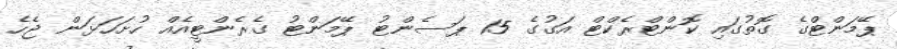
ޕޭމަންޓްގެ ގޮތުގައި ކޮންޓްރެކްޓް އަގުގެ 15 ޕަސެންޓު ޕޭމަންޓު ގެރެންޓީއެއް ހުށަހަޅަން ޖެހެ